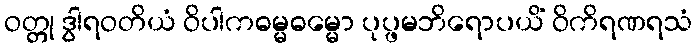
ဝတ္တု ဒွါရဝတိယံ ဝိပါကဓမ္မဓမ္မော ပုပ္ဖမဘိရောပယိံ ဝိကိရဏရသံ